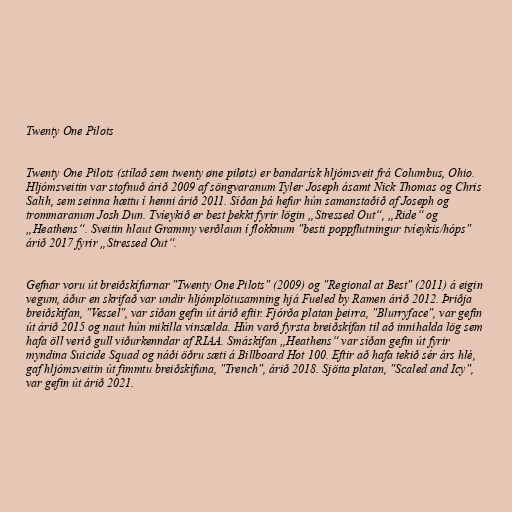
Twenty One Pilots

Twenty One Pilots (stílað sem twenty øne piløts) er bandarísk hljómsveit frá Columbus, Ohio.
Hljómsveitin var stofnuð árið 2009 af söngvaranum Tyler Joseph ásamt Nick Thomas og Chris
Salih, sem seinna hættu í henni árið 2011. Síðan þá hefur hún samanstaðið af Joseph og
trommaranum Josh Dun. Tvíeykið er best þekkt fyrir lögin „Stressed Out“, „Ride“ og
„Heathens“. Sveitin hlaut Grammy verðlaun í flokknum "besti poppflutningur tvíeykis/hóps"
árið 2017 fyrir „Stressed Out“.

Gefnar voru út breiðskífurnar "Twenty One Pilots" (2009) og "Regional at Best" (2011) á eigin
vegum, áður en skrifað var undir hljómplötusamning hjá Fueled by Ramen árið 2012. Þriðja
breiðskífan, "Vessel", var síðan gefin út árið eftir. Fjórða platan þeirra, "Blurryface", var gefin
út árið 2015 og naut hún mikilla vinsælda. Hún varð fyrsta breiðskífan til að innihalda lög sem
hafa öll verið gull viðurkenndar af RIAA. Smáskífan „Heathens“ var síðan gefin út fyrir
myndina Suicide Squad og náði öðru sæti á Billboard Hot 100. Eftir að hafa tekið sér árs hlé,
gaf hljómsveitin út fimmtu breiðskífuna, "Trench", árið 2018. Sjötta platan, "Scaled and Icy",
var gefin út árið 2021.